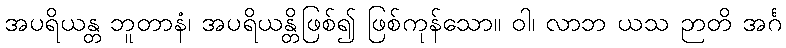
အပရိယန္တ ဘူတာနံ၊ အပရိယန္တိဖြစ်၍ ဖြစ်ကုန်သော။ ဝါ၊ လာဘ ယသ ဉာတိ အင်္ဂ